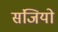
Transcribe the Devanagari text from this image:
संजियो